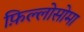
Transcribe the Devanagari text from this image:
फ़िल्लोसोमा